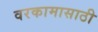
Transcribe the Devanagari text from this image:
वरकामासाठी